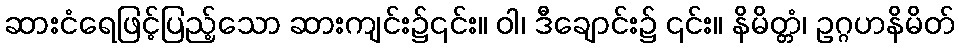
ဆားငံရေဖြင့်ပြည့်သော ဆားကျင်း၌၎င်း။ ဝါ၊ ဒီချောင်း၌ ၎င်း။ နိမိတ္တံ၊ ဥဂ္ဂဟနိမိတ်